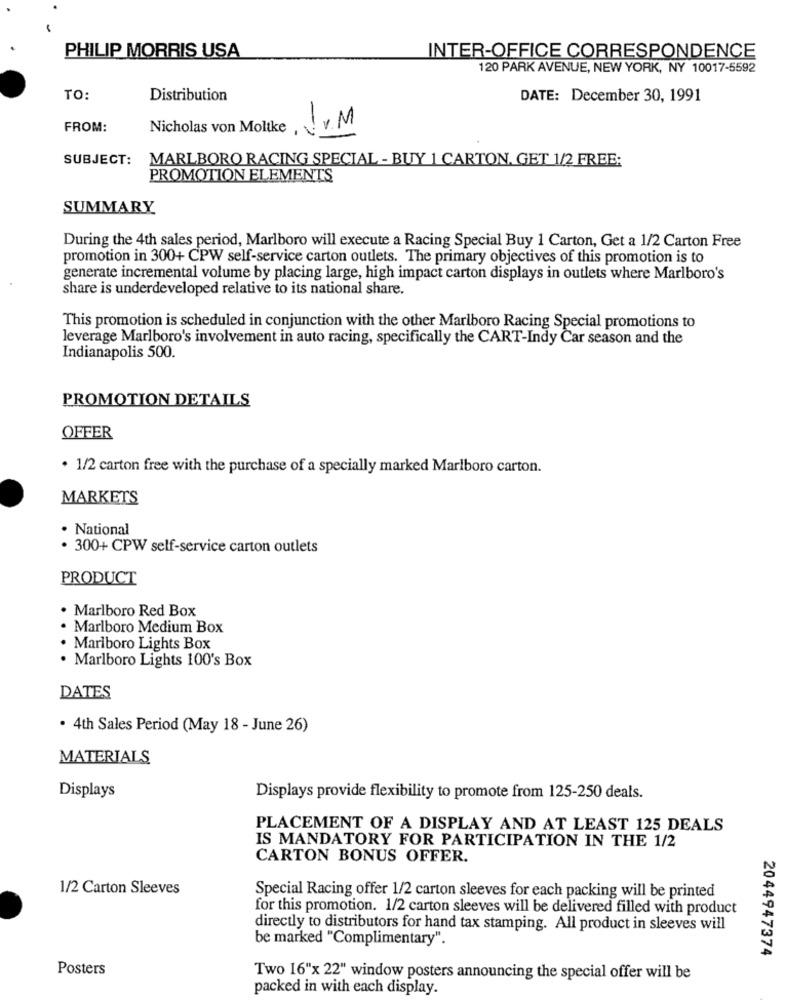
PHILIP MORRIS USA
INTER-OFFICE CORRESPONDENCE
120 PARK AVENUE, NEW YORK, NY 10017-5592
TO:
Distribution
DATE: December 30, 1991
FROM:
Nicholas von Moltkev.M
SUBJECT:
MARLBORO RACING SPECIAL - BUY 1 CARTON. GET 1/2 FREE:
PROMOTION ELEMENTS
SUMMARY
During the 4th sales period, Marlboro will execute a Racing Special Buy 1 Carton, Get a 1/2 Carton Free
promotion in 300+ CPW self-service carton outlets. The primary objectives of this promotion is to
generate incremental volume by placing large, high impact carton displays in outlets where Marlboro's
share is underdeveloped relative to its national share.
This promotion is scheduled in conjunction with the other Marlboro Racing Special promotions to
leverage Marlboro's involvement in auto racing, specifically the CART-Indy Car season and the
Indianapolis 500.
PROMOTION DETAILS
OFFER
. 1/2 carton free with the purchase of a specially marked Marlboro carton.
MARKETS
· National
· 300+ CPW self-service carton outlets
PRODUCT
. Marlboro Red Box
. Marlboro Medium Box
. Marlboro Lights Box
. Marlboro Lights 100's Box
DATES
· 4th Sales Period (May 18 - June 26)
MATERIALS
Displays
Displays provide flexibility to promote from 125-250 deals.
PLACEMENT OF A DISPLAY AND AT LEAST 125 DEALS
IS MANDATORY FOR PARTICIPATION IN THE 1/2
CARTON BONUS OFFER.
1/2 Carton Sleeves
Special Racing offer 1/2 carton sleeves for each packing will be printed
for this promotion. 1/2 carton sleeves will be delivered filled with product
directly to distributors for hand tax stamping. All product in sleeves will
be marked "Complimentary".
2044947374
Posters
Two 16"x 22" window posters announcing the special offer will be
packed in with each display.